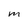
Character: M